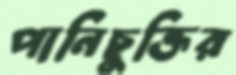
পানিচুক্তির